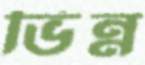
ভিন্ন